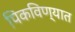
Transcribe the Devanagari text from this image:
पिकविण्यात